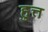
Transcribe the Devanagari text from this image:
हुत्त